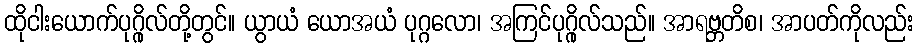
ထိုငါးယောက်ပုဂ္ဂိုလ်တို့တွင်။ ယွာယံ ယောအယံ ပုဂ္ဂလော၊ အကြင်ပုဂ္ဂိုလ်သည်။ အာရဗ္ဘတိစ၊ အာပတ်ကိုလည်း